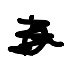
Text: a
Cross-out: mix
Writing tool: digital_black